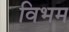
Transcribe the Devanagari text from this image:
विभम